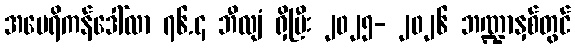
အမေရိကန်ဒေါ်လာ ၇၆.၄ ဘီလျံ ရှိပြီး ၂၀၂၅- ၂၀၂၆ ဘဏ္ဍာနှစ်တွင်